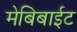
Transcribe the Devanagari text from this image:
मेबिबाईट